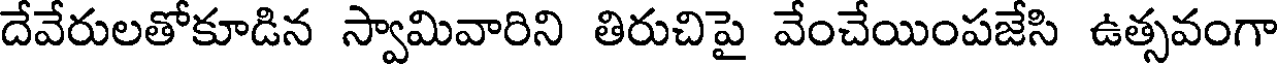
దేవేరులతోకూడిన స్వామివారిని తిరుచిపై వేంచేయింపజేసి ఉత్సవంగా